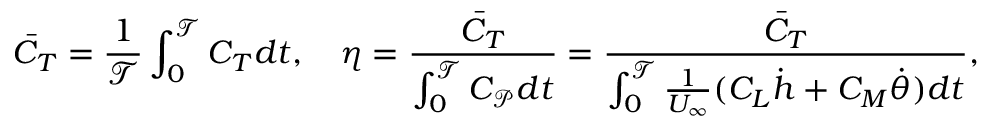
\bar { C } _ { T } = \frac { 1 } { \mathcal { T } } \int _ { 0 } ^ { \mathcal { T } } C _ { T } d t , \quad \eta = \frac { \bar { C } _ { T } } { \int _ { 0 } ^ { \mathcal { T } } C _ { \mathcal { P } } d t } = \frac { \bar { C } _ { T } } { \int _ { 0 } ^ { \mathcal { T } } \frac { 1 } { U _ { \infty } } ( C _ { L } \dot { h } + C _ { M } \dot { \theta } ) d t } ,